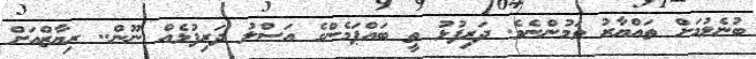
ބުނެލުމަށް ތައްޔާރު ވަމުންނެވެ. ދަރިފުޅު ތީ ބައްޕަމެންގެ އަސްލު ދަރިފުޅެއް ނޫން.. ރިޔާޒްއަށް